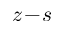
z \! - \! s